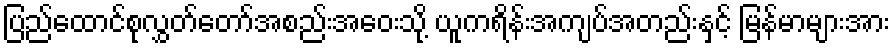
ပြည်ထောင်စုလွှတ်တော်အစည်းအဝေးသို့ ယူကရိန်းအကျပ်အတည်းနှင့် မြန်မာများအား